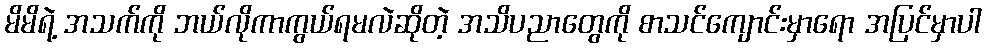
မိမိရဲ့ အသက်ကို ဘယ်လိုကာကွယ်ရမလဲဆိုတဲ့ အသိပညာတွေကို စာသင်ကျောင်းမှာရော အပြင်မှာပါ